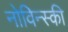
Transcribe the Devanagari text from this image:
नोविन्स्की